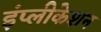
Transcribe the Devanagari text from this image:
इंप्लीकेशन